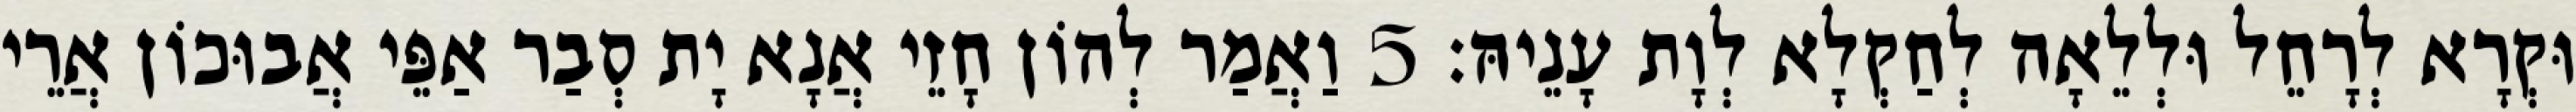
וּקְרָא לְרָחֵל וּלְלֵאָה לְחַקְלָא לְוָת עָנֵיהּ׃ 5 וַאֲמַר לְהוֹן חָזֵי אֲנָא יָת סְבַר אַפֵּי אֲבוּכוֹן אֲרֵי